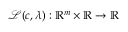
\mathcal { L } ( \boldsymbol { c } , \lambda ) : \mathbb { R } ^ { m } \times \mathbb { R } \rightarrow \mathbb { R }